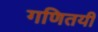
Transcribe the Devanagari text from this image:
गणितयी